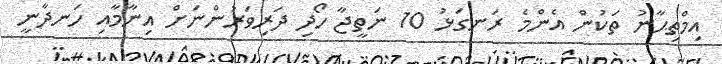
އިމްތިޙާނު ތަކުން އެންމެ ރަނގަޅު 10 ނަތީޖާ ހޯދި ދަރިވަރުންނަށް އިނާމާއި ހަނދާނީ